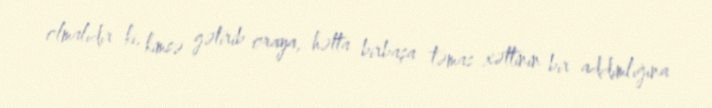
olmalıdır ki, kimsə gətirib oraya, hətta birbaşa təmas xəttinin bir addımlığına